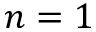
n = 1